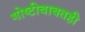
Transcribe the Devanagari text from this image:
गोष्टीबाबतही